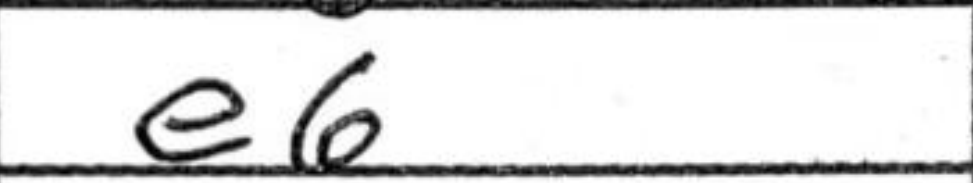
Transcription: e6